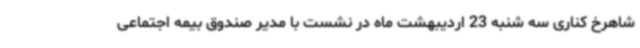
شاهرخ کناری سه شنبه 23 اردیبهشت ماه در نشست با مدیر صندوق بیمه اجتماعی